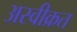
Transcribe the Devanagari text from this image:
अस्वीक्रत